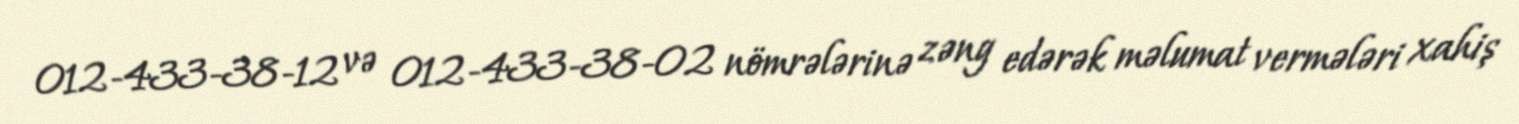
012-433-38-12 və 012-433-38-02 nömrələrinə zəng edərək məlumat vermələri xahiş